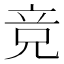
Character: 竞